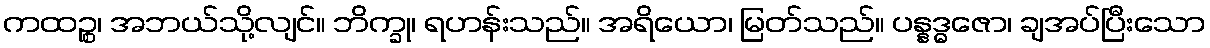
ကထဉ္စ၊ အဘယ်သို့လျင်။ ဘိက္ခု၊ ရဟန်းသည်။ အရိယော၊ မြတ်သည်။ ပန္နဒ္ဓဇော၊ ချအပ်ပြီးသော